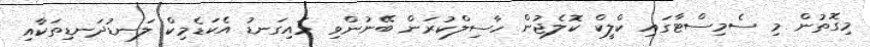
މިގޮތުން މި ސެމިސްޓާގައި ކްލީކް ކޮލެޖުން ހާސިލްކުރަން ބޭނުންވި މައިގަނޑު އެކަޑެމިކް ލަނޑުދަނޑިތަކާއި